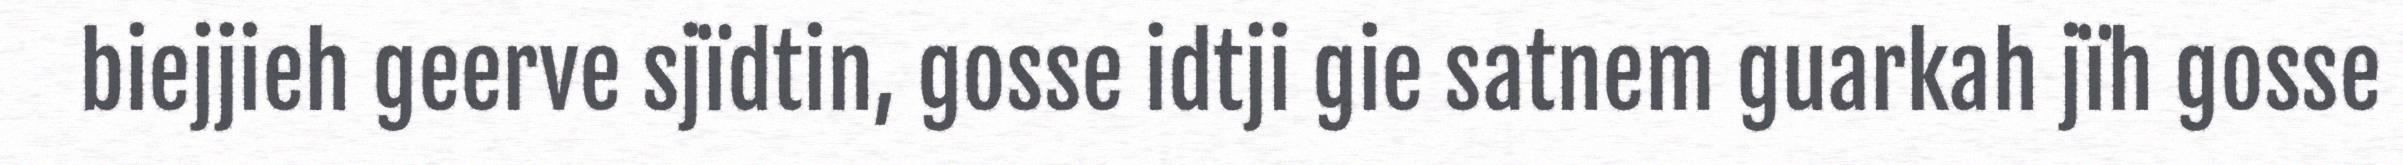
biejjieh geerve sjïdtin, gosse idtji gie satnem guarkah jïh gosse